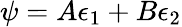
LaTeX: \psi=A\epsilon_{1}+B\epsilon_{2}